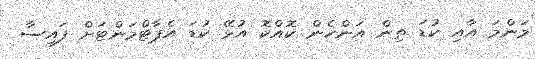
މަންމަ އާއި ކުޑަ ތިން އަންހެން ކޮއްކޮ އުޅޭ ކުޑަ އެޕާޓްމަންޓަށް ފައިސާ